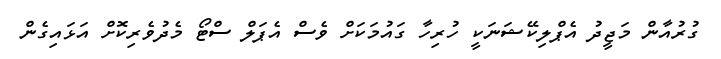
ގުރުއާން މަޖީދު އެޕްލިކޭޝަނަކީ ހުރިހާ ގައުމަކަށް ވެސް އެޕަލް ސްޓޯ މެދުވެރިކޮށް އަޅައިގެން